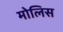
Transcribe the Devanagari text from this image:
मोलिस